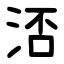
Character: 㳪